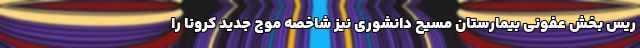
ریس بخش عفونی بیمارستان مسیح دانشوری نیز شاخصه موج جدید کرونا را